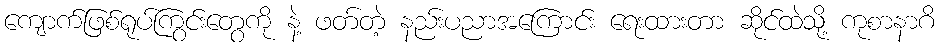
ကျောက်ဖြစ်ရုပ်ကြွင်းတွေကို နဲ့ ဖတ်တဲ့ နည်းပညာအကြောင်း ရေးထားတာ ဆိုင်ထဲသို့ ကုစာနာဂိ